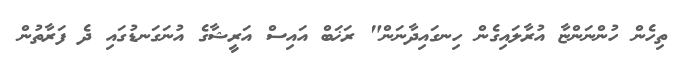
ތިހެން ހުންނަންޏާ އުރާލައިގެން ހިނގައިދާނަން" ރަޚަބް އައިސް އަރީޝާގެ އުނަގަނޑުގައި ދެ ފަރާތުން